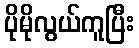
ပိုမိုလွယ်ကူပြီး